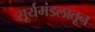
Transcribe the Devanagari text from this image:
सूर्यमंडलातून